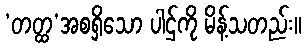
‘တတ္ထ’အစရှိသော ပါဌ်ကို မိန့်သတည်း။